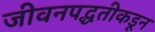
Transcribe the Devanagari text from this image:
जीवनपद्धतीकडून